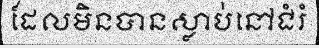
ដែលមិនបានស្លាប់នៅជំរំ